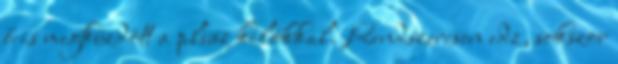
ő is megküzdött a plusz kilókkal. Rendszeresen edz, sokszor